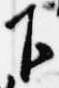
下